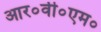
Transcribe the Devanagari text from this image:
आर०वी०एम०